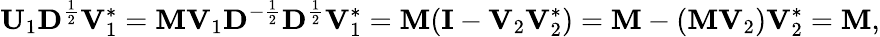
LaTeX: \mathbf{U}_{1}\mathbf{D}^{\frac{1}{2}}\mathbf{V}_{1}^{*}=\mathbf{M}\mathbf{V}_{1}\mathbf{D}^{-{\frac{1}{2}}}\mathbf{D}^{\frac{1}{2}}\mathbf{V}_{1}^{*}=\mathbf{M}(\mathbf{I}-\mathbf{V}_{2}\mathbf{V}_{2}^{*})=\mathbf{M}-(\mathbf{M}\mathbf{V}_{2})\mathbf{V}_{2}^{*}=\mathbf{M},